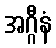
အဂ္ဂီနံ